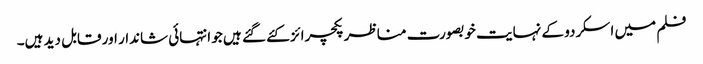
فلم میں اسکردو کے نہایت خوبصورت مناظر پکچرائز کئے گئے ہیں جو انتہائی شاندار اور قابل دید ہیں۔